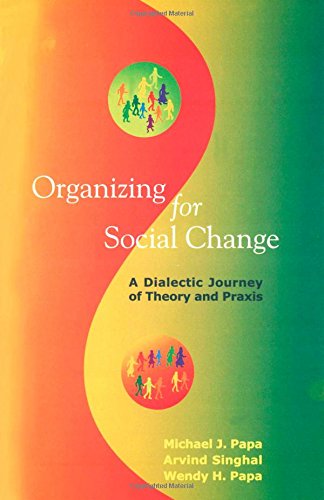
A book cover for Organizing for Social Change: A Dialectic Journey of Theory and Praxis; Michael J. Papa; Politics & Social Sciences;